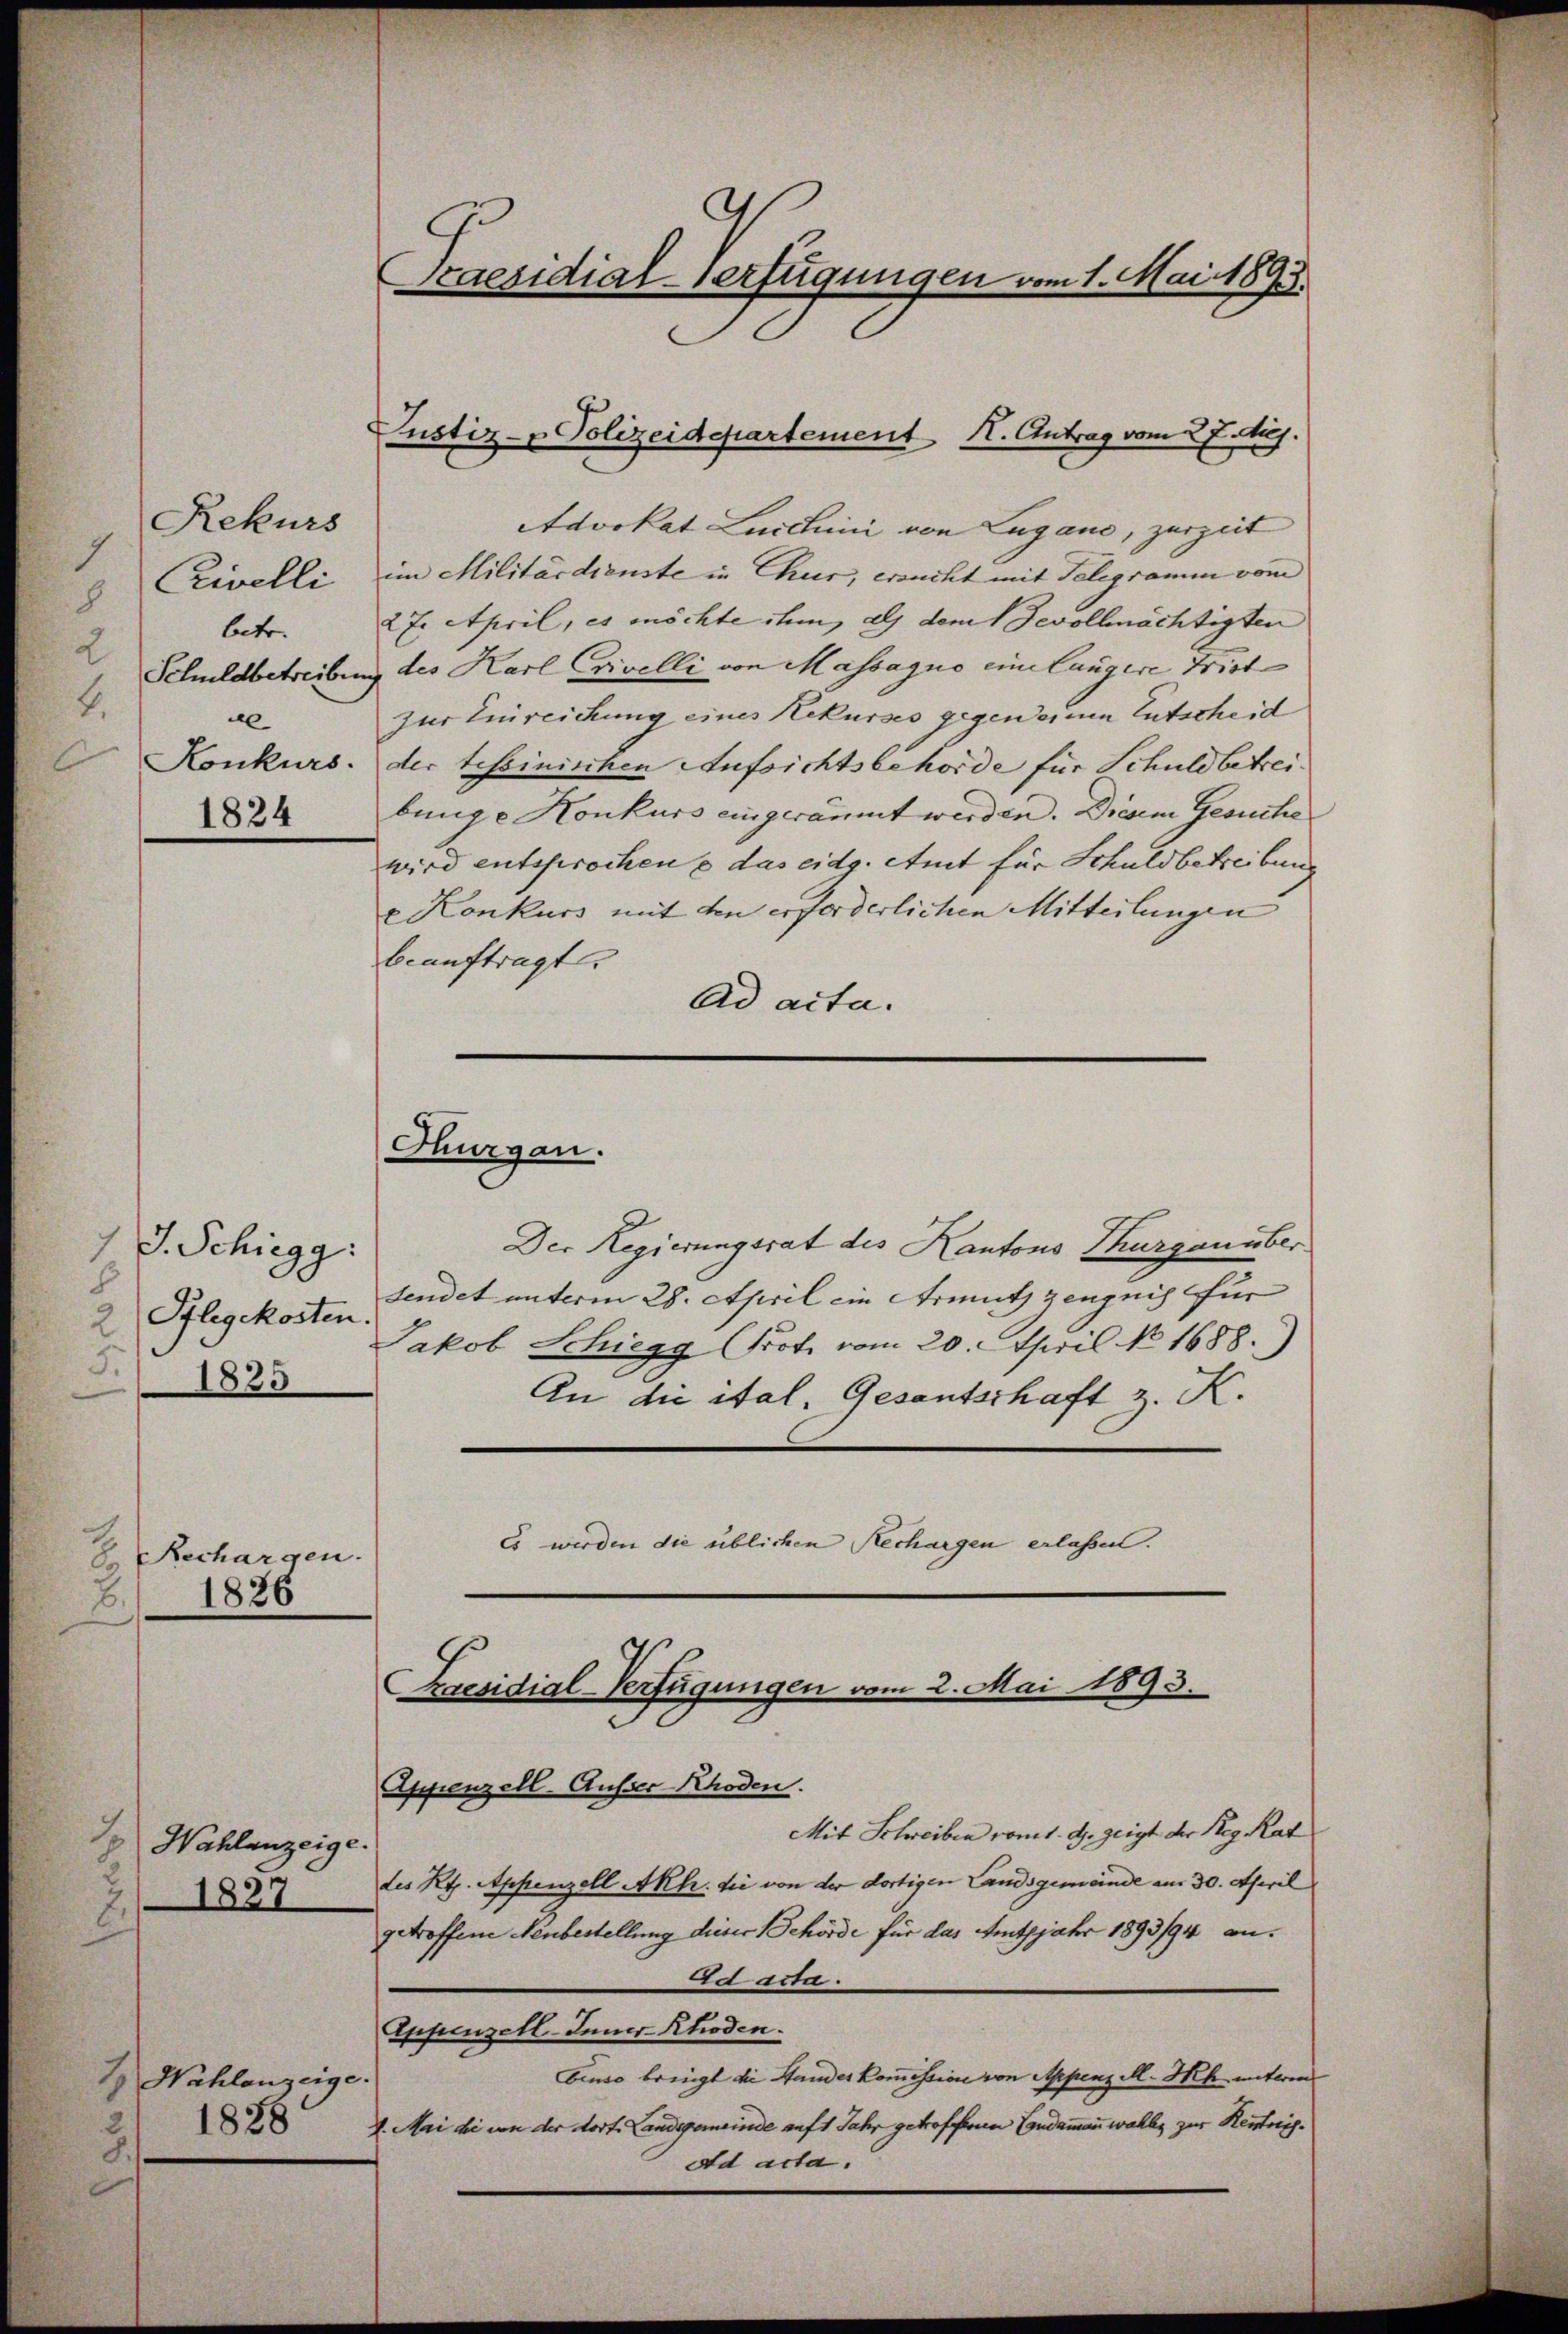
1

Rekurs
Civelli
8
betr.
2
2.
e
1824

t
do

Rechargen.
1836

J
Wahlanzeige.
1827

J. J. Schiegg.
2 Pflegekosten.
5.
1835

1
Wahlenzeige.
1828
3

Advokat Leichini von Lugano, zurzeit
im Militärdienste in Chur, ersucht mit Telegramm vom
27. April, es möchte ihm, als dem Gevollmächtigten
Schuldbetreibung des Karl Crivelli von Massagio eine langere Frist
zur Einreichung eines Rekurses gegen einen Entscheid
Konkurs der tessinischen Aufsichtsbehörde für Schuldbetreibunge Konkurs eingeräumt werden. Diesem Gesuche
wird entsprochen u das eidg. Amt für Schuldbetreibung
v Konkurs mit den erforderlichen Mitteilungen
beauftragt.
Ad acta.

Praesidial-Verfügungen vom 1. Mai 1893.

Justiz- & Polizeidepartement I. Antrag vom 27. huj.

Thurgau.

Der Regierungsrat des Kantons Thurgau über
sendet unterm 28. April ein Armuth zeugnis für |
Jakob Schiegg Prot. vom 20. April No 1688.
An die ital. Gesantschaft z. K.
Es werden die üblichen Rechargen erlassen.

Appenzell-Ausser-Rhoden.
Mit Schreiben vom 1. d. zeigt der Reg. Rat
des Kt. Appenzell Akh. die von der dortigen Landsgemeinde am 30. April
getroffene Neubestellung dieser Behörde für das Amtsjahr 1893/94 anad acta.
Appenzell-Appenzell.
benso bringt die Standeskommission von Appenz M. Ich miteren
1. Mai di von der dort. Landegemeinde auf 1 Jahr getroffenen Condammann wahls zur Kenntnis¬
Ad acta.

Praesidial-Verfügungen vom 2. Mai 1893.